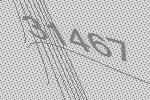
31467